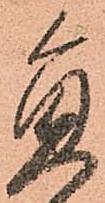
員